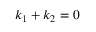
k _ { 1 } + k _ { 2 } = 0